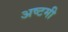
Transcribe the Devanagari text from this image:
अष्‍टमी